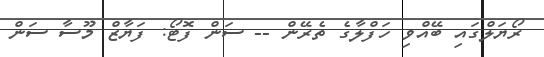
ރޯޔަލްގައި ބޭއްވި ހަފްލާގެ ތެރޭން -- ސަން ފޮޓޯ: ފަޔާޒް މޫސާ ސަން